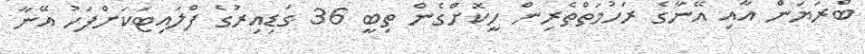
ބްރަޔަން އާއި އޭނާގެ ރަހުމަތްތެރިން ހީކޮށްގެން ތިބީ 36 ގަޑިއިރުގެ ފްލައިޓަކަށްފަހު އޭނާ